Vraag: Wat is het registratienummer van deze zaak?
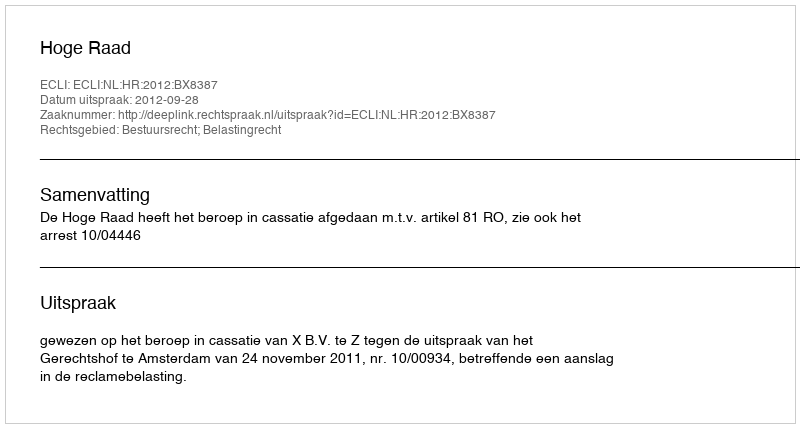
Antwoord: http://deeplink.rechtspraak.nl/uitspraak?id=ECLI:NL:HR:2012:BX8387